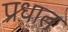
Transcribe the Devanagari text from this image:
प्रधात